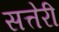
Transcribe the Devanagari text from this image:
सत्तेरी